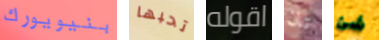
بنيويورك تحبها اقوله تان شئ